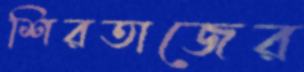
শিরতাজের